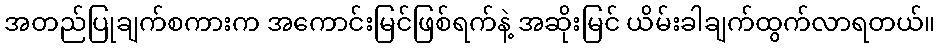
အတည်ပြုချက်စကားက အကောင်းမြင်ဖြစ်ရက်နဲ့ အဆိုးမြင် ယိမ်းခါချက်ထွက်လာရတယ်။